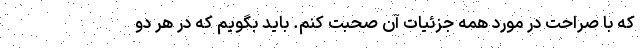
که با صراحت در مورد همه جزئیات آن صحبت کنم. باید بگویم که در هر دو